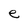
Character: e